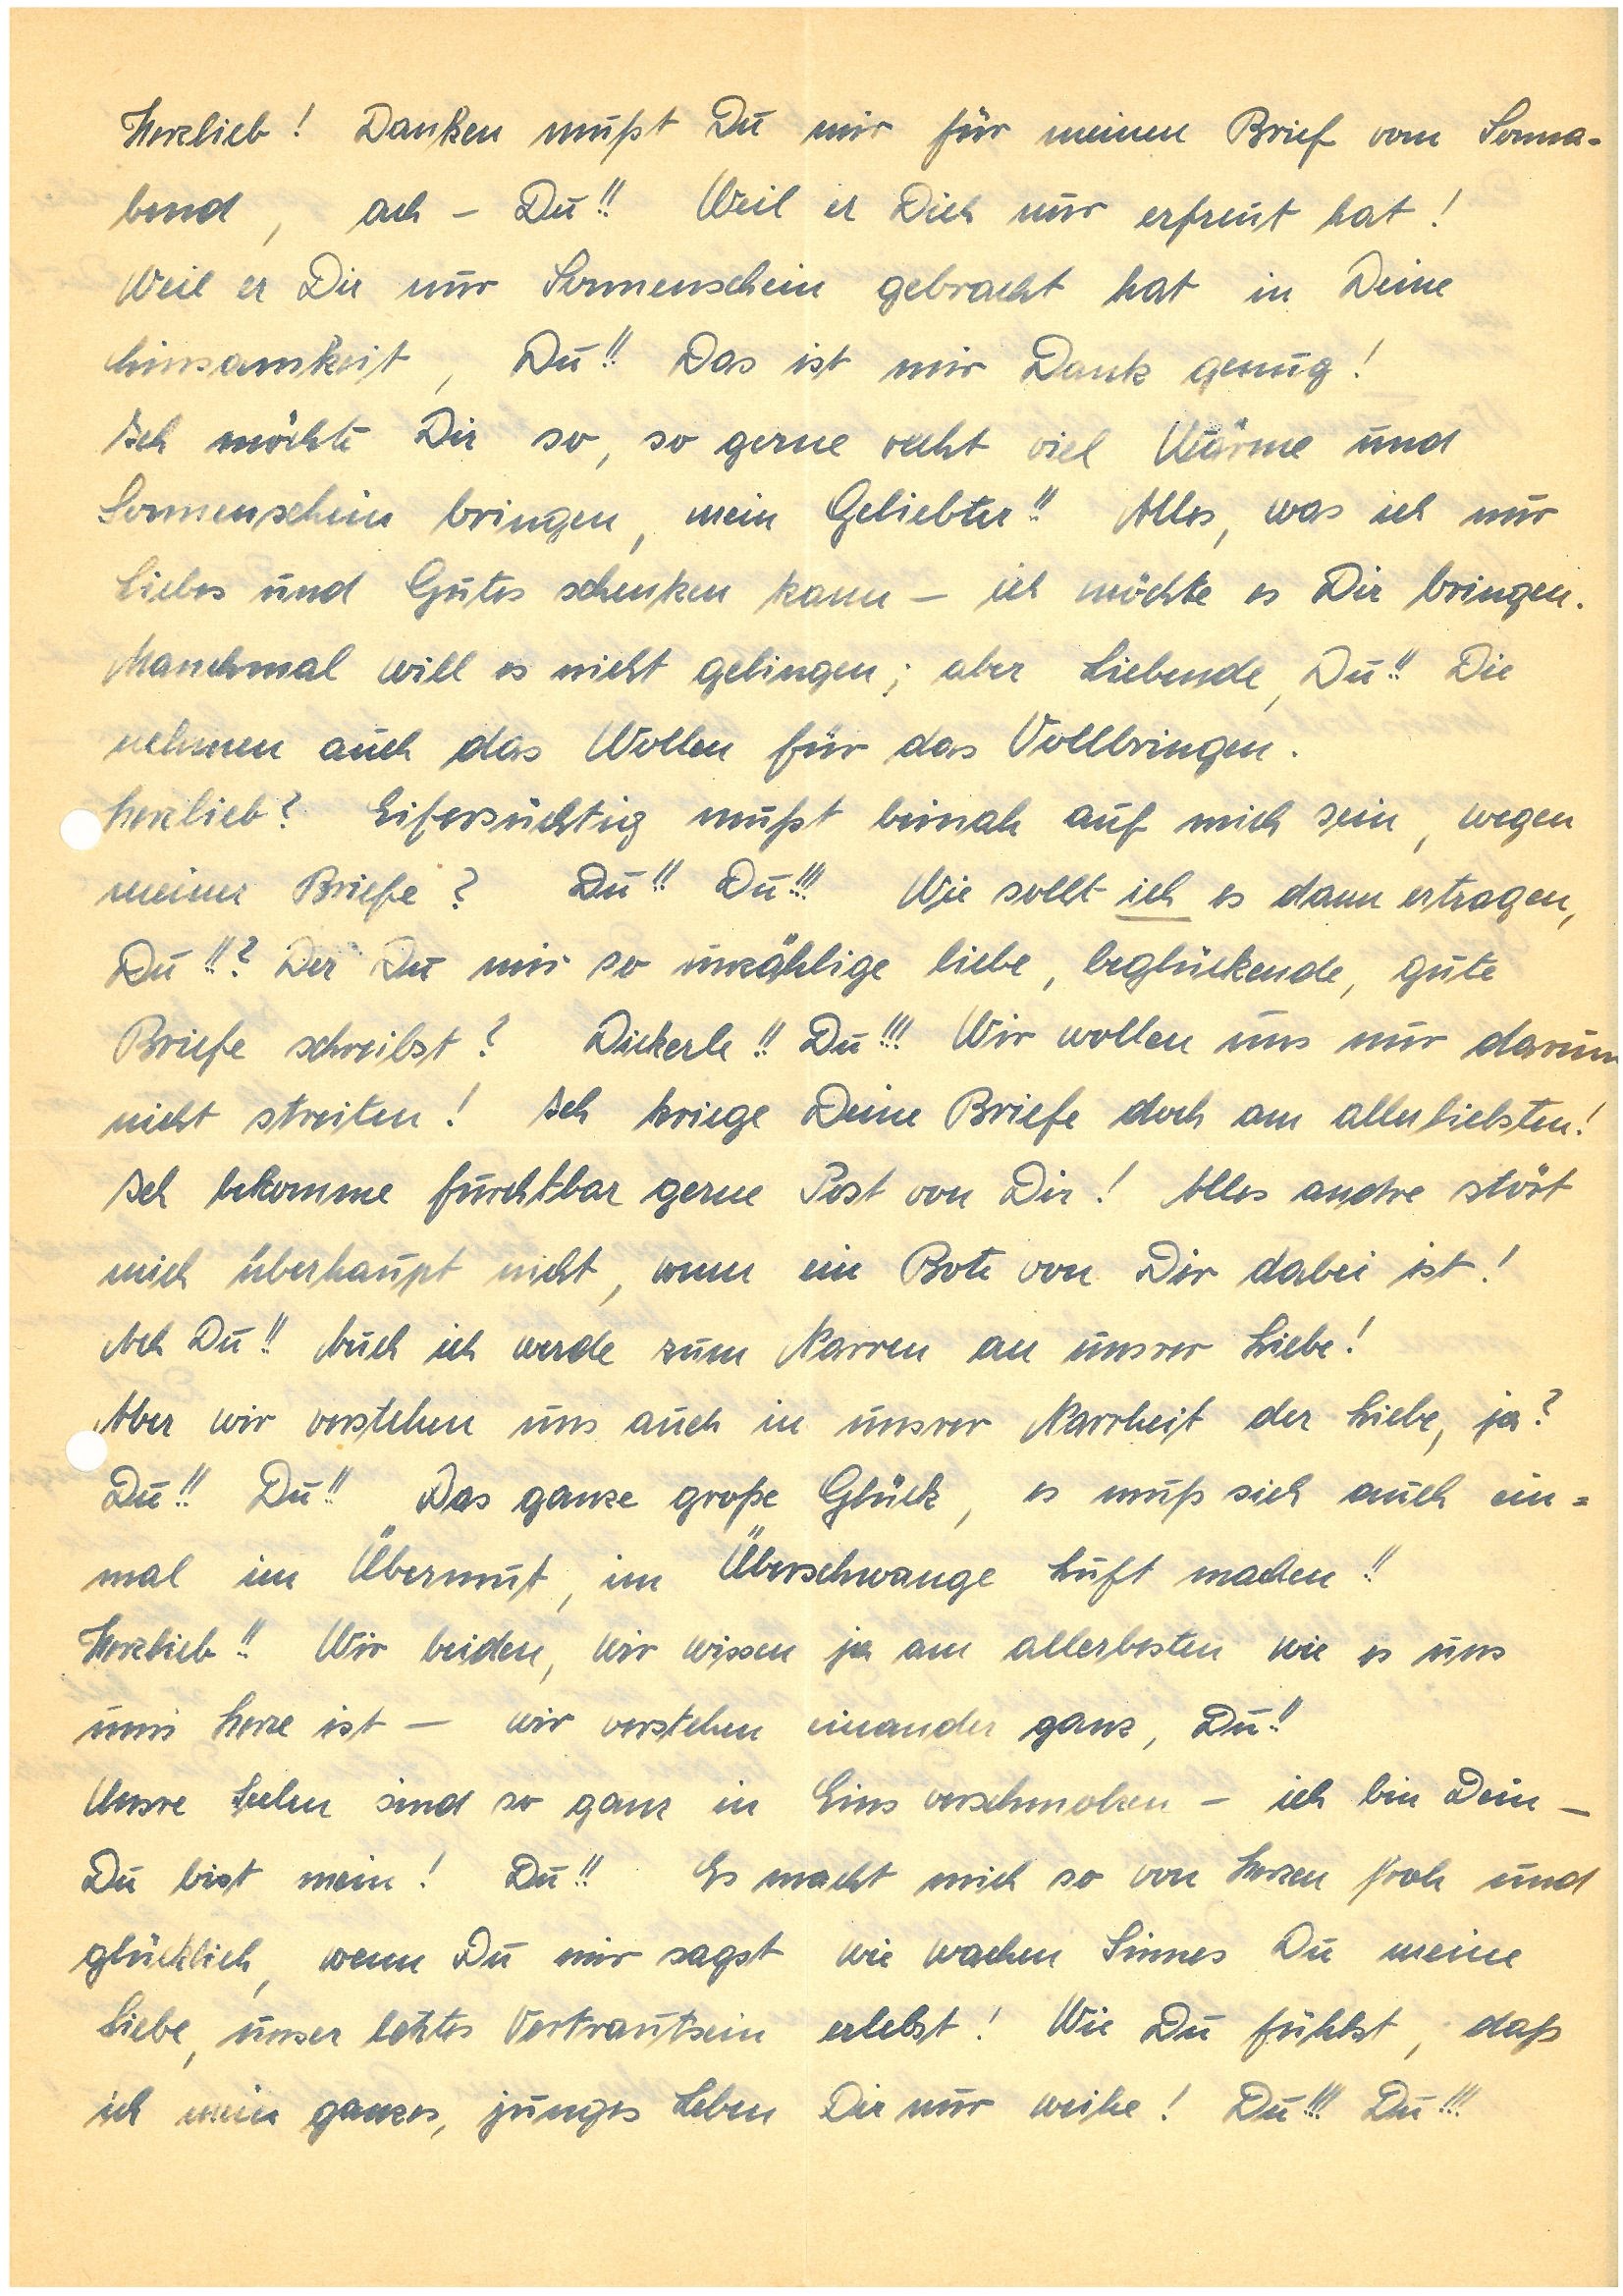
Herzlieb! Danken mußt Du mir für meinen Brief vom Sonna¬
bend, ach – Du!! Weil er Dich nur erfreut hat!
Weil er Dir nur Sonnenschein gebracht hat in Deine
Einsamkeit, Du!! Das ist mir Dank genug!
Ich möchte Dir so, so gerne recht viel Wärme und
Sonnenschein bringen, mein Geliebter!! Alles, was ich nur
Liebes und Gutes schenken kann – ich möchte es Dir bringen.
Manchmal will es nicht gelingen; aber Liebende, Du!! Die
nehmen auch das Wollen für das Vollbringen.
Herzlieb? Eifersüchtig mußt beinah auf mich sein, wegen
meiner Briefe? Du!! Du!!! Wie sollt ich es dann ertragen,
Du!!? Der Du mir so unzählige liebe, beglückende, gute
Briefe schreibst? Dickerle!! Du!!! Wir wollen uns nur darum
nicht streiten! Ich kriege Deine Briefe doch am allerliebsten!
Ich bekomme furchtbar gerne Post von Dir! Alles andre stört
mich überhaupt nicht, wenn ein Bote von Dir dabei ist!
Ach Du!! Auch ich werde zum Narren an unsrer Liebe!
Aber wir verstehen uns auch in unsrer Narrheit der Liebe, ja?
Du!! Du!! Das ganze große Glück, es muß sich auch ein¬
mal im Übermut, im Überschwange Luft machen!!
Herzlieb!! Wir beiden, wir wissen ja am allerbesten wie es uns
ums Herze ist – wir verstehen einander ganz, Du!!
Unsre Seelen sind so ganz in Eins verschmolzen – ich bin Dein –
Du bist mein! Du!! Es macht mich so von Herzen froh und
glücklich, wenn Du mir sagst wie wachen Sinnes Du meine
Liebe, unser letztes Vertrautsein erlebst! Wie Du fühlst, daß
ich mein ganzes, junges Leben Dir nur weihe! Du!!! Du!!!